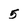
Character: 5